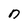
Character: n